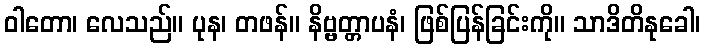
ဝါတော၊ လေသည်။ ပုန၊ တဖန်။ နိဗ္ဗတ္တာပနံ၊ ဖြစ်ပြန်ခြင်းကို။ သာဒိတိနုခေါ၊